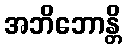
အဘိဘောန္တိ